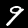
Digit: 9